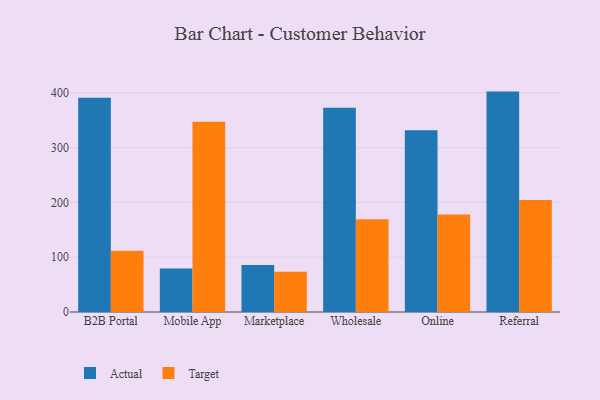
{"axis": {"x": "Channel", "y": "Energy Usage (MWh)"}, "legend": ["Actual", "Target"], "data": [{"x": "B2B Portal", "y": 391.2, "type": "Actual"}, {"x": "B2B Portal", "y": 111.9, "type": "Target"}, {"x": "Mobile App", "y": 79.2, "type": "Actual"}, {"x": "Mobile App", "y": 347.4, "type": "Target"}, {"x": "Marketplace", "y": 85.9, "type": "Actual"}, {"x": "Marketplace", "y": 73.3, "type": "Target"}, {"x": "Wholesale", "y": 372.9, "type": "Actual"}, {"x": "Wholesale", "y": 169.1, "type": "Target"}, {"x": "Online", "y": 331.6, "type": "Actual"}, {"x": "Online", "y": 178.0, "type": "Target"}, {"x": "Referral", "y": 402.3, "type": "Actual"}, {"x": "Referral", "y": 204.6, "type": "Target"}]}